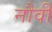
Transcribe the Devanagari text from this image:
नौवीँ